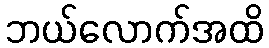
ဘယ်လောက်အထိ